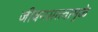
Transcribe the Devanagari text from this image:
जीवनसत्त्वामुळे